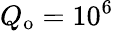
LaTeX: Q_{\mathrm{o}}=10^{6}